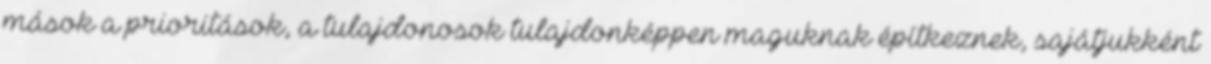
mások a prioritások, a tulajdonosok tulajdonképpen maguknak építkeznek, sajátjukként